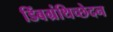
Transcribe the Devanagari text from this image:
डिंबग्रंथिच्छेदन